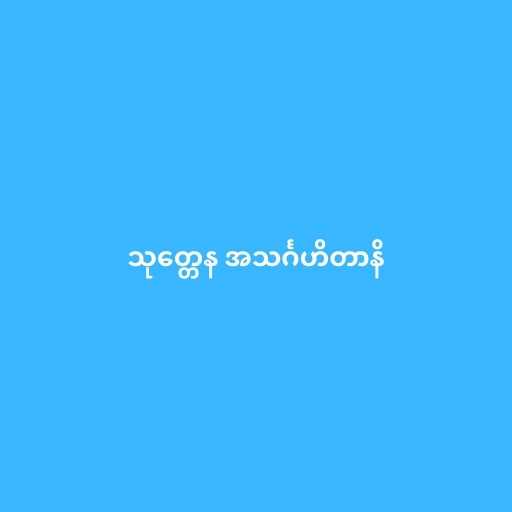
သုတ္တေန အသင်္ဂဟိတာနိ